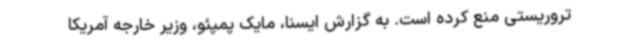
تروریستی منع کرده است. به‌ گزارش ایسنا، مایک پمپئو، وزیر خارجه آمریکا